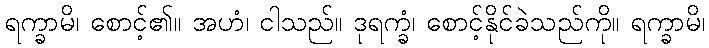
ရက္ခာမိ၊ စောင့်၏။ အဟံ၊ ငါသည်။ ဒုရက္ခံ၊ စောင့်နိုင်ခဲသည်ကို။ ရက္ခာမိ၊